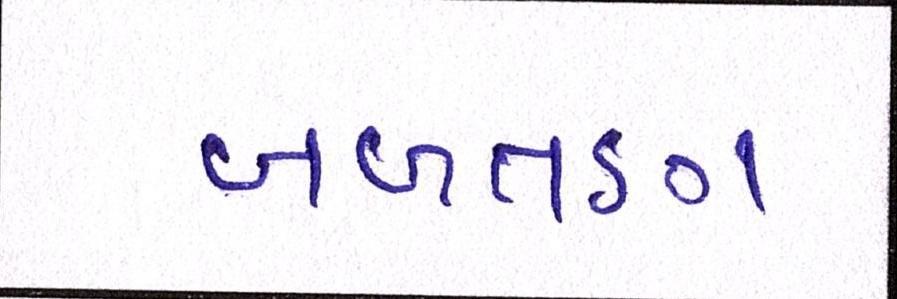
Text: બળતણ